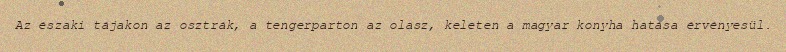
Az északi tájakon az osztrák, a tengerparton az olasz, keleten a magyar konyha hatása érvényesül.